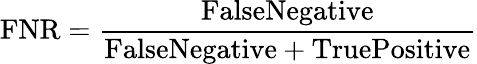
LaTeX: \textrm{FNR}=\frac{\textrm{FalseNegative}}{\textrm{FalseNegative}+\textrm{TruePositive}}